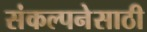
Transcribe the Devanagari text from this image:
संकल्पनेसाठी